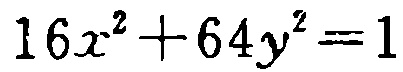
\(16x^{2}+64y^{2}=1\)